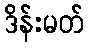
ဒိန်းမတ်